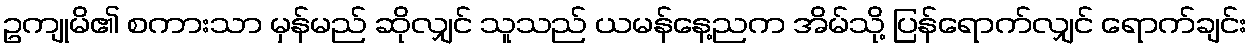
ဥကျုမိ၏ စကားသာ မှန်မည် ဆိုလျှင် သူသည် ယမန်နေ့ညက အိမ်သို့ ပြန်ရောက်လျှင် ရောက်ချင်း